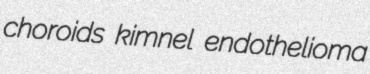
choroids kimnel endothelioma